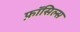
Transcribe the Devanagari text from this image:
फ़ॉसिल्स